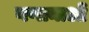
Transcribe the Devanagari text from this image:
गणानाओं